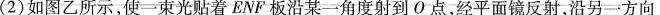
(2)如图乙所示，使一束光贴着ENF板沿某一角度射到О点，经平面镜反射，沿另一方向